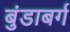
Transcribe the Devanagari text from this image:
बुंडाबर्ग